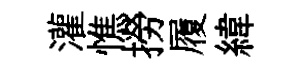
灌憔撈履緯